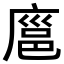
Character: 𪪝